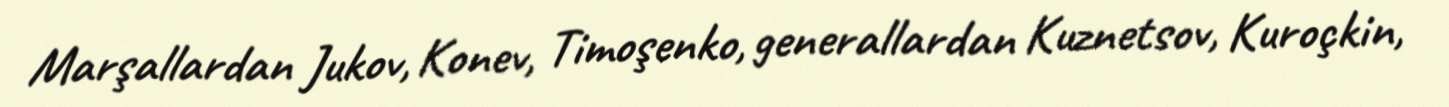
Marşallardan Jukov, Konev, Timoşenko, generallardan Kuznetsov, Kuroçkin,